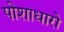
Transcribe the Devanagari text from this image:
पोशाधारो